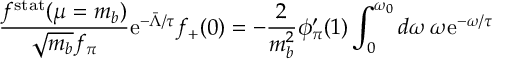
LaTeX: \frac { f ^ { \mathrm { s t a t } } ( \mu = m _ { b } ) } { \sqrt { m _ { b } } f _ { \pi } } \mathrm { e } ^ { - \bar { \Lambda } / \tau } f _ { + } ( 0 ) = - \frac { 2 } { m _ { b } ^ { 2 } } \phi _ { \pi } ^ { \prime } ( 1 ) \int _ { 0 } ^ { \omega _ { 0 } } d \omega \, \omega \mathrm { e } ^ { - \omega / \tau }